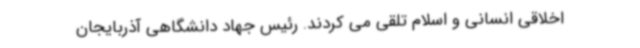
اخلاقی انسانی و اسلام تلقی می کردند. رئیس جهاد دانشگاهی آذربایجان